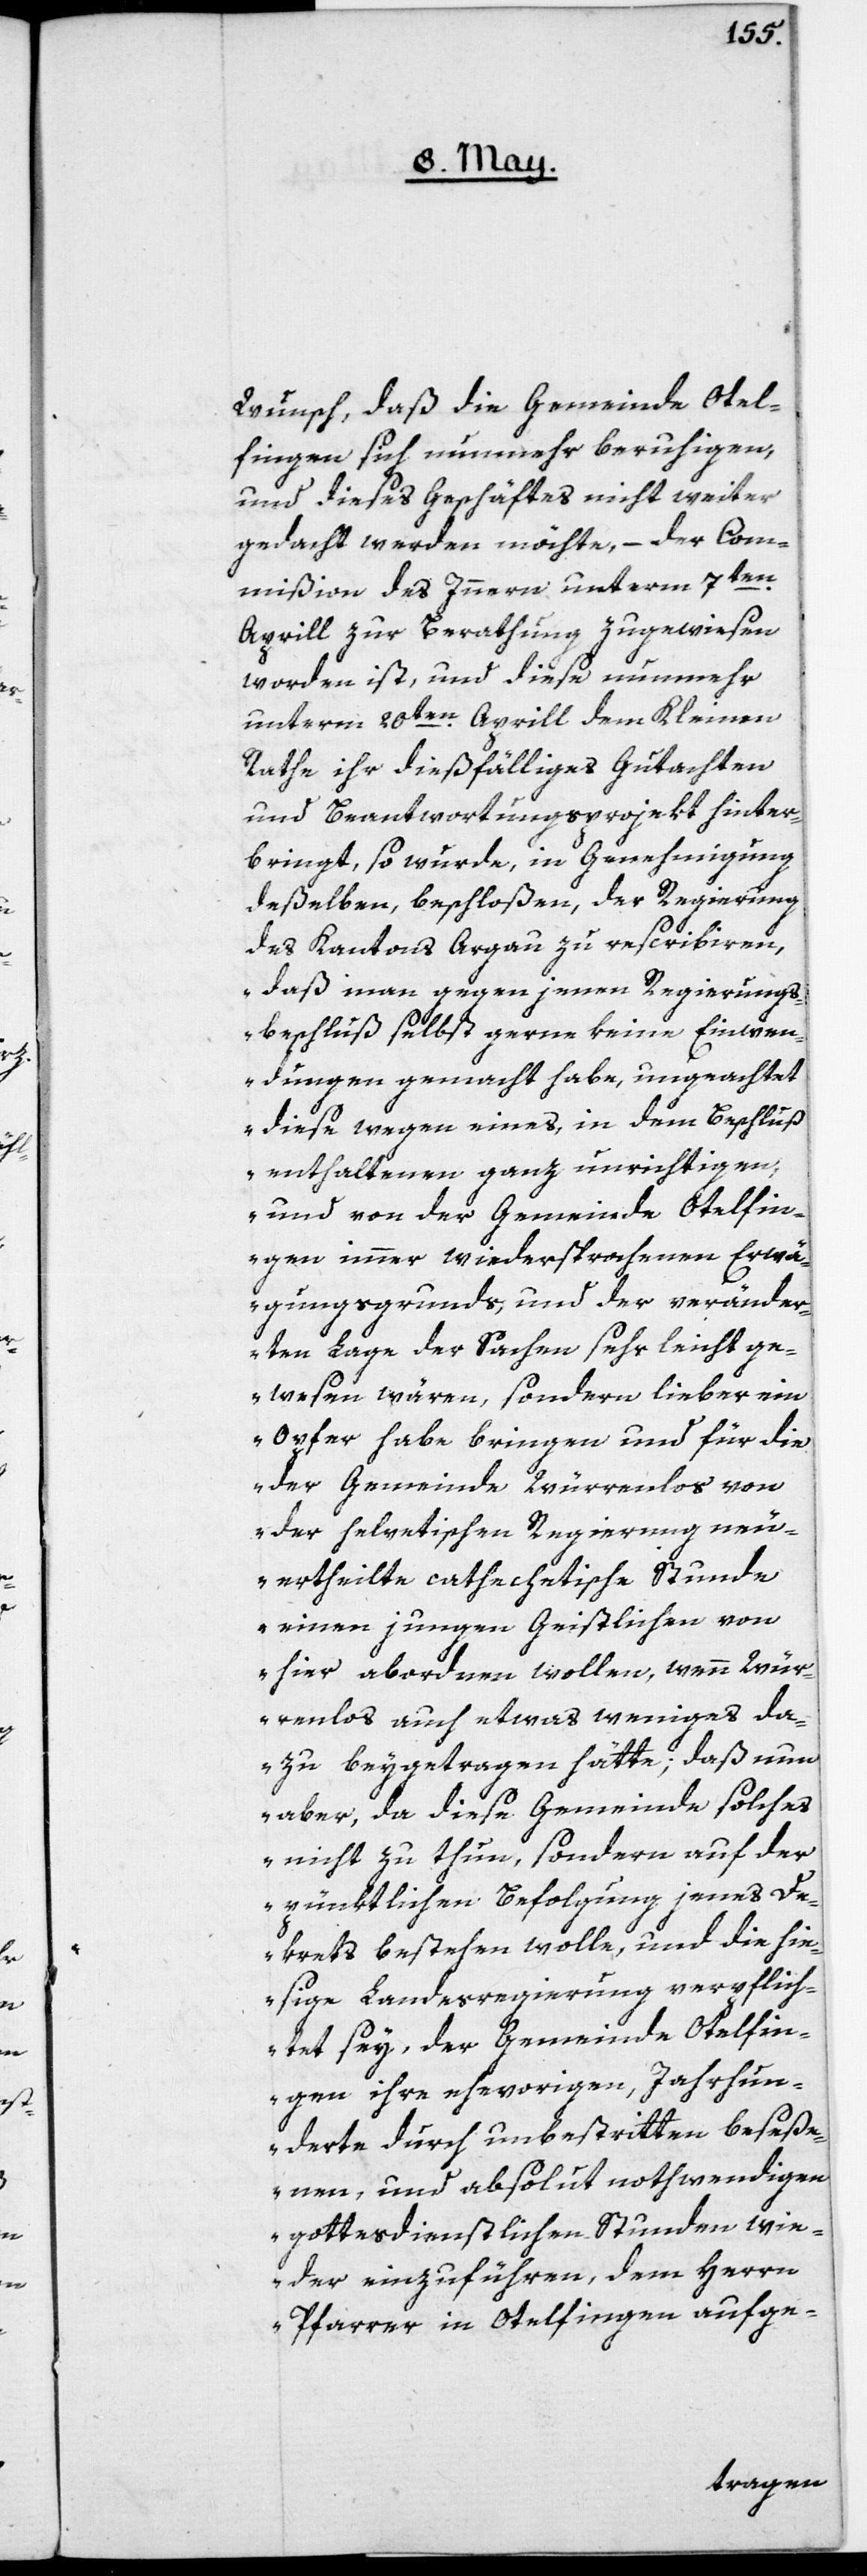
Wunsch, daß die Gemeinde Otel¬
fingen sich nunmehr beruhigen,
und dieses Geschäftes nicht weiter
gedacht werden möchte, – der Com¬
mißion des Innern unterm 7ten
Aprill zur Berathung zugewiesen
worden ist, und diese nunmehr
unterm 20ten Aprill dem Kleinen
Rathe ihr dießfälliges Gutachten
und Beantwortungsprojekt hinter¬
bringt, so wurde, in Genehmigung
deßelben beschloßen, der Regierung
des Kantons Argau zu rescribiren,
„daß man gegen jenen Regierungs¬
beschluß selbst gerne keine Einwen¬
dungen gemacht habe, ungeachtet
diese wegen eines, in dem Beschluß
enthaltenen ganz unrichtigen,
und von der Gemeinde Otelfin¬
gen immer wiedersprochenen Erwä¬
gungsgrunds, und der veränder¬
ten Lage der Sachen sehr leicht ge¬
wesen wären, sondern lieber ein
Opfer habe bringen und für die
der Gemeinde Würrenlos von
der helvetischen Regierung neu¬
ertheilte cathechetische Stunde
einen jungen Geistlichen von
hier abordnen wollen, wenn Wür¬
renlos auch etwas weniges da¬
zu beygetragen hätte; daß nun
aber, da diese Gemeinde solches
nicht zu thun, sondern auf der
pünktlichen Befolgung jenes De¬
krets bestehen wolle, und die hie¬
sige Landesregierung verpflich¬
tet sey, der Gemeinde Otelfin¬
gen ihre ehevorigen, Jahrhun¬
derte durch unbestritten beseße¬
nen, und absolut nothwendigen
gottesdienstlichen Stunden wie¬
der einzuführen, dem Herrn
Pfarrer in Otelfingen aufge-